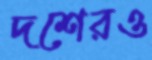
দশেরও